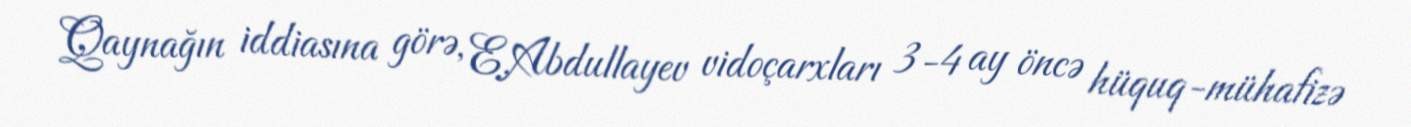
Qaynağın iddiasına görə, E.Abdullayev vidoçarxları 3-4 ay öncə hüquq-mühafizə